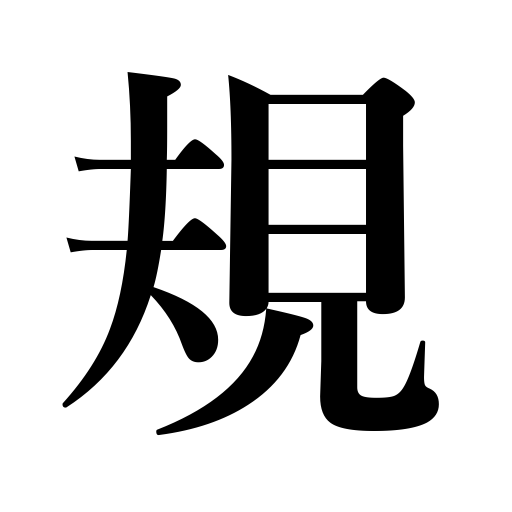
Meanings: measure,standard